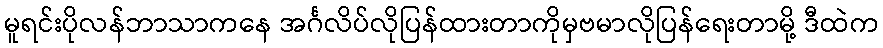
မူရင်းပိုလန်ဘာသာကနေ အင်္ဂလိပ်လိုပြန်ထားတာကိုမှဗမာလိုပြန်ရေးတာမို့ ဒီထဲက